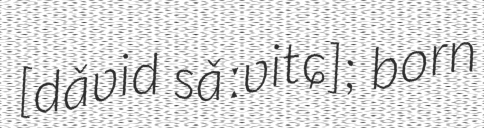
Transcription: [dǎʋid sǎːʋitɕ]; born